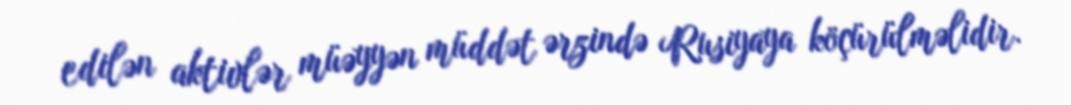
edilən aktivlər müəyyən müddət ərzində Rusiyaya köçürülməlidir.